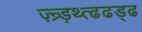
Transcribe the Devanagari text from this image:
ज़्न्र्ड़थ्त्ढढड्ढ